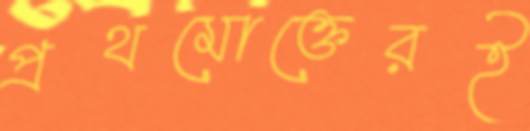
প্রথমোক্তেরই